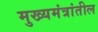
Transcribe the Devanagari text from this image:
मुख्यमंत्रांतील